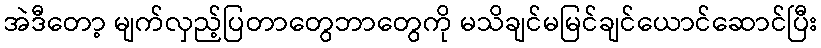
အဲဒီတော့ မျက်လှည့်ပြတာတွေဘာတွေကို မသိချင်မမြင်ချင်ယောင်ဆောင်ပြီး